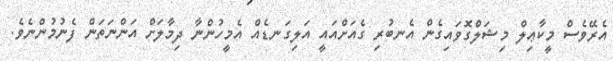
އެރޭވެސް މީކާޢިލް މިޝަލްގޮވައިގެން އެނބުރި ގެއަށްއައީ އަލިގަނޑެއް އެމީހުންނާ ދިމާލަށް އަންނަތަން ފެނުމުންނެވެ.